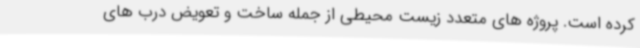
کرده است. پروژه های متعدد زیست محیطی از جمله ساخت و تعویض درب های